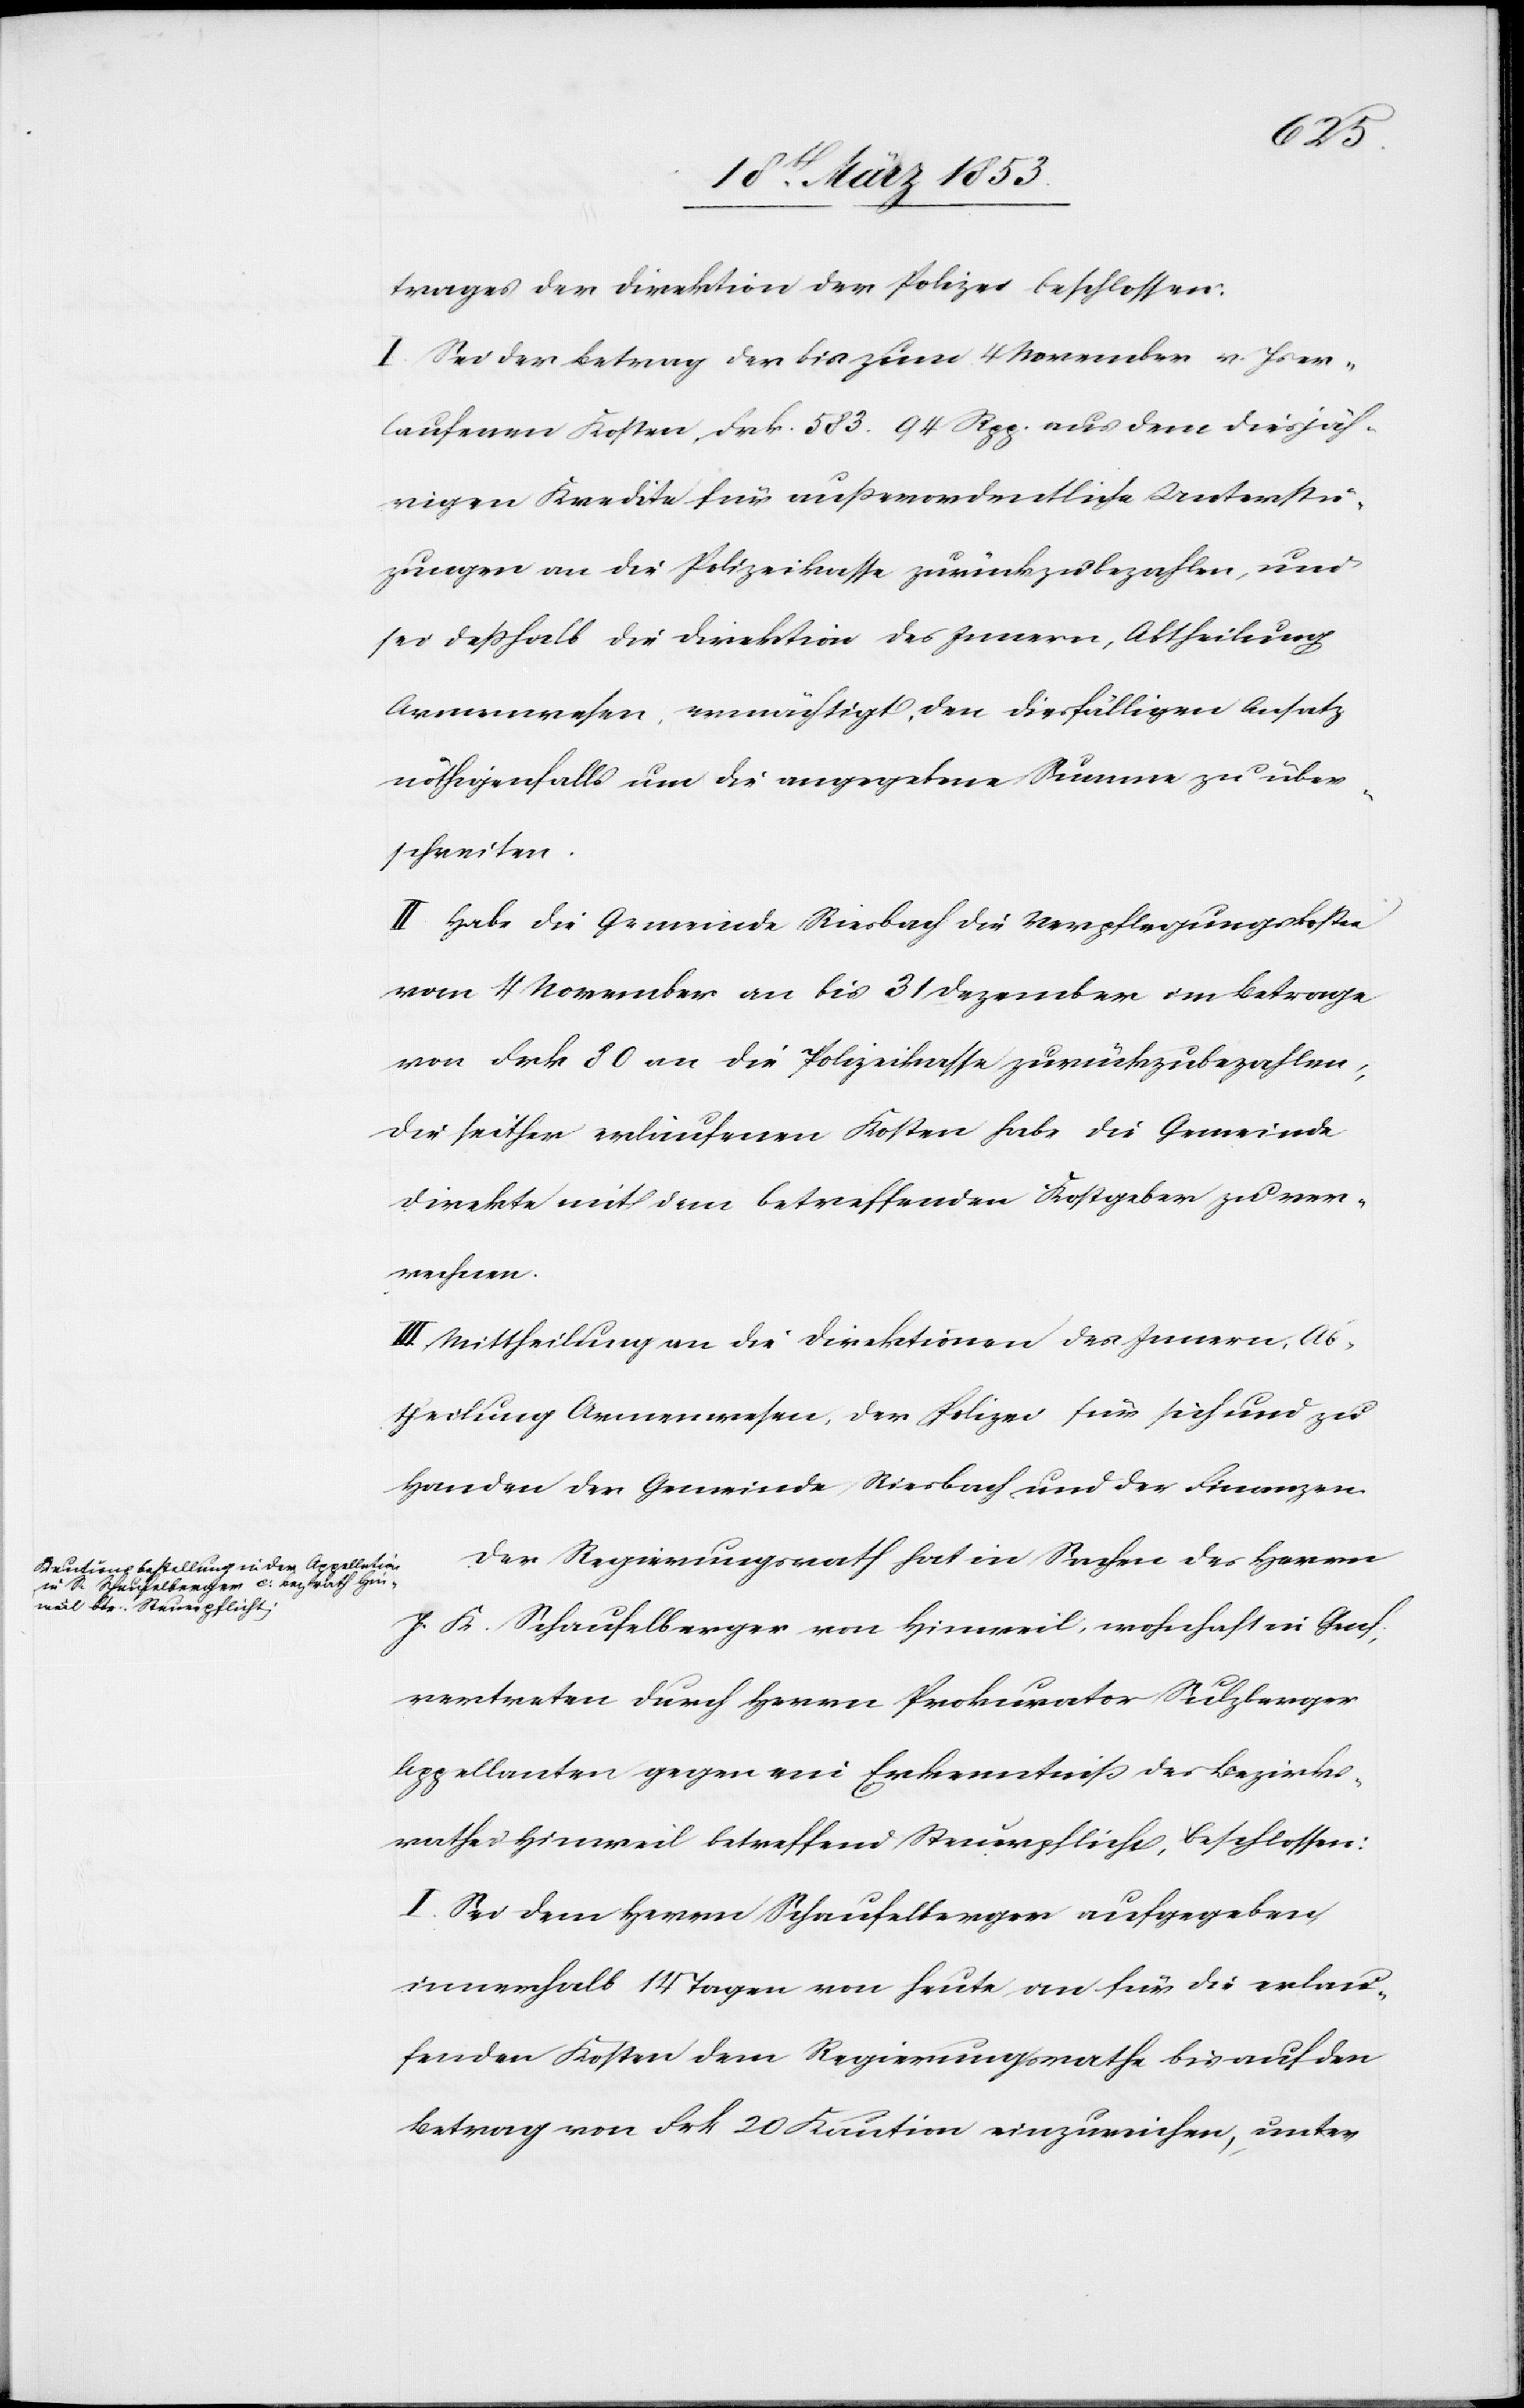
trages der Direktion der Polizei beschlossen:
I. Sei der Betrag der bis zum 4 November v. Js. er¬
laufenen Kosten, Frk. 583. 94 Rpp. aus dem diesjäh¬
rigen Kredite für außerordentliche Unterstüt¬
zungen an die Polizeikassa zurückzubezahlen, und
sei deßhalb die Direktion des Innern, Abtheilung
Armenwesen, ermächtigt, den diesfälligen Ansatz
nöthigenfalls um die angegebene Summe zu über¬
schreiten.
II. Habe die Gemeinde Riesbach die Verpflegungskosten
vom 4 November an bis 31 Dezember im Betrage
von Frk. 80 an die Polizeikassa zurückzubezahlen,
die seither erlaufenen Kosten habe die Gemeinde
direkte mit dem betreffenden Kostgeber zu ver¬
rechnen.
III. Mittheilung an die Direktion des Innern, Ab¬
theilung Armenwesen, der Polizei für sich und zu
Handen der Gemeinde Riesbach und der Finanzen.
Der Regierungsrath hat in Sachen des Herrn
J. K. Schaufelberger von Hinweil, wohnhaft in Genf,
vertreten durch Herrn Prokurator Sulzberger
Appellanten gegen eine Erkenntniß des Bezirks¬
rathes Hinweil betreffend Steuerpflicht, beschlossen:
I. Sei dem Herrn Schaufelberger aufgegeben,
innerhalb 14 Tagen von heute an für die erlau¬
fenden Kosten dem Regierungsrathe bis auf den
Betrag von Frk. 20 Kaution einzureichen, unter